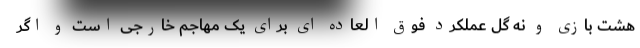
هشت بازی و نه گل عملکرد فوق العاده ای برای یک مهاجم خارجی است و اگر